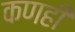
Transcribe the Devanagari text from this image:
कणही